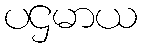
ပဌမာယ